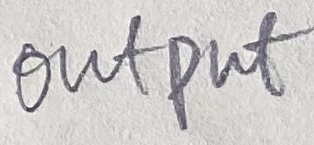
Text: Output